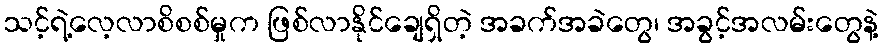
သင့်ရဲ့လေ့လာစိစစ်မှုက ဖြစ်လာနိုင်ချေရှိတဲ့ အခက်အခဲတွေ၊ အခွင့်အလမ်းတွေနဲ့